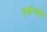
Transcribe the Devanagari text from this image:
एडेन्योर